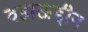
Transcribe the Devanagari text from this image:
वहाऊद्दीन